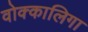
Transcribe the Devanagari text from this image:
वोक्कालिगा